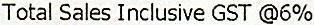
TOTAL SALES INCLUSIVE GST @6%